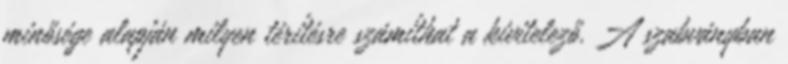
minősége alapján milyen térítésre számíthat a kivitelező. A szabványban